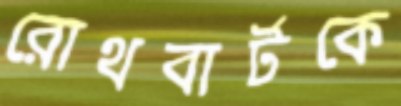
রোথবার্টকে